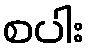
စပါး